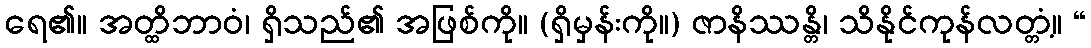
ရေ၏။ အတ္ထိဘာဝံ၊ ရှိသည်၏ အဖြစ်ကို။ (ရှိမှန်းကို။) ဇာနိဿန္တိ၊ သိနိုင်ကုန်လတ္တံ့။ “